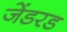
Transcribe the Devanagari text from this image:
जेंडरड